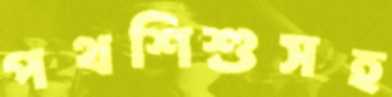
পথশিশুসহ